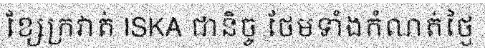
ខ្សែក្រវាត់ ISKA ជានិច្ច ថែមទាំងកំណត់ថ្ងៃ